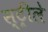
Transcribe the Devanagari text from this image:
स्ट्रीले